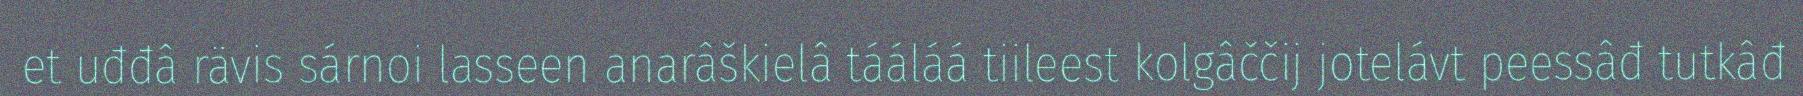
et uđđâ rävis sárnoi lasseen anarâškielâ tááláá tiileest kolgâččij jotelávt peessâđ tutkâđ